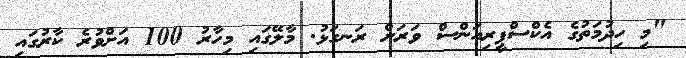
"މި ހިދުމަތުގެ އެކްސްޕީރިއަންސް ވަރަށް ރަނގަޅު. މާލޭގައި މިހާރު 100 އަށްވުރެ ކާރުގައި